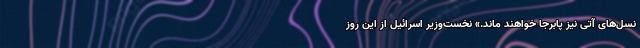
نسل‌های آتی نیز پابرجا خواهند ماند.» نخست‌وزیر اسرائیل از این روز